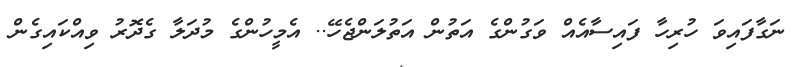
ނަގާފައިވަ ހުރިހާ ފައިސާއެއް ވަގުުންގެ އަތުން އަތުލަންޖެހޭ.. އެމީހުންގެ މުދަލާ ގެދޮރު ވިއްކައިގެން